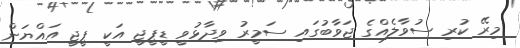
މިރޭ ކުރި ސުވާލެއްގެ ޖަވާބުގައި ސަމީރު ވިދާޅުވީ ޑީޕީޖީ އަކީ ޕީޖީ އައްޔަން